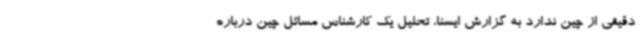
دقیقی از چین ندارد به گزارش ایسنا، تحلیل یک کارشناس مسائل چین درباره